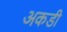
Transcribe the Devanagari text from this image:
अकडी